Elephants and their diseases
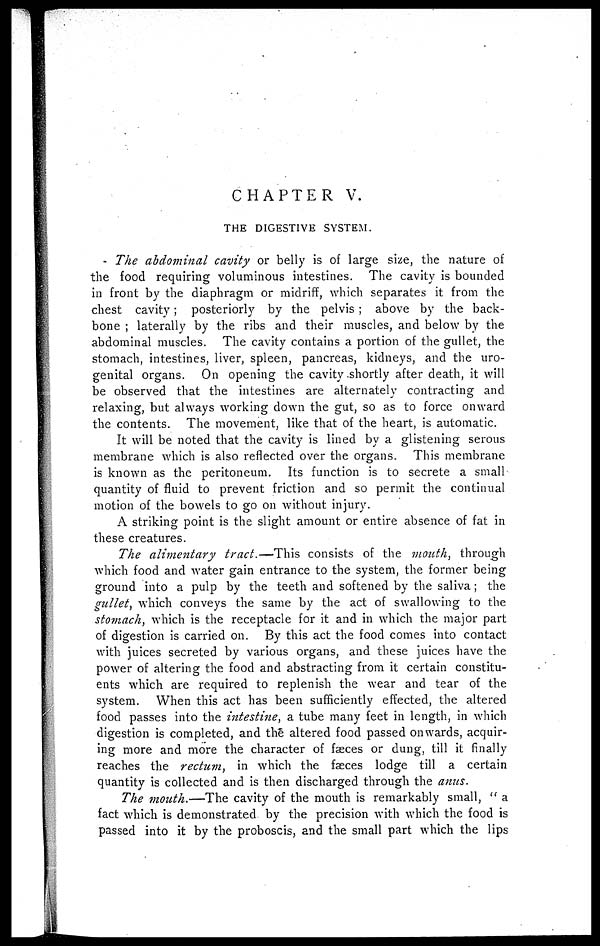
CHAPTER V.
THE DIGESTIVE SYSTEM.
The abdominal cavity or belly is of large size, the nature of
the food requiring voluminous intestines. The cavity is bounded
in front by the diaphragm or midriff, which separates it from the
chest cavity; posteriorly by the pelvis ; above by the back-
bone ; laterally by the ribs and their muscles, and below by the
abdominal muscles. The cavity contains a portion of the gullet, the
stomach, intestines, liver, spleen, pancreas, kidneys, and the uro¬
genital organs. On opening the cavity shortly after death, it will
be observed that the intestines are alternately contracting and
relaxing, but always working down the gut, so as to force onward
the contents. The movement, like that of the heart, is automatic.
It will be noted that the cavity is lined by a glistening serous
membrane which is also reflected over the organs. This membrane
is known as the peritoneum. Its function is to secrete a small -
quantity of fluid to prevent friction and so permit the continual
motion of the bowels to go on without injury.
A striking point is the slight amount or entire absence of fat in
these creatures.
The alimentary tract.—This consists of the mouth, through
which food and water gain entrance to the system, the former being
ground into a pulp by the teeth and softened by the saliva; the
gullet, which conveys the same by the act of swallowing to the
stomach, which is the receptacle for it and in which the major part
of digestion is carried on. By this act the food comes into contact
with juices secreted by various organs, and these juices have the
power of altering the food and abstracting from it certain constitu¬
ents which are required to replenish the wear and tear of the
system. When this act has been sufficiently effected, the altered
food passes into the intestine, a tube many feet in length, in which
digestion is completed, and the altered food passed onwards, acquir¬
ing more and more the character of fæces or dung, till it finally
reaches the rectum, in which the fæces lodge till a certain
quantity is collected and is then discharged through the anus.
The mouth.—The cavity of the mouth is remarkably small, " a
fact which is demonstrated, by the precision with which the food is
passed into it by the proboscis, and the small part which the lips